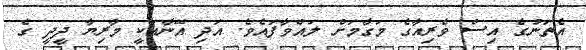
އެތަނުގެ އިސް ވެރިއާގެ މަގާމަށް ލައްވާފައެވެ. އަދި އޭނާއަކީ މާރިޔާ ދީދީ ގެ